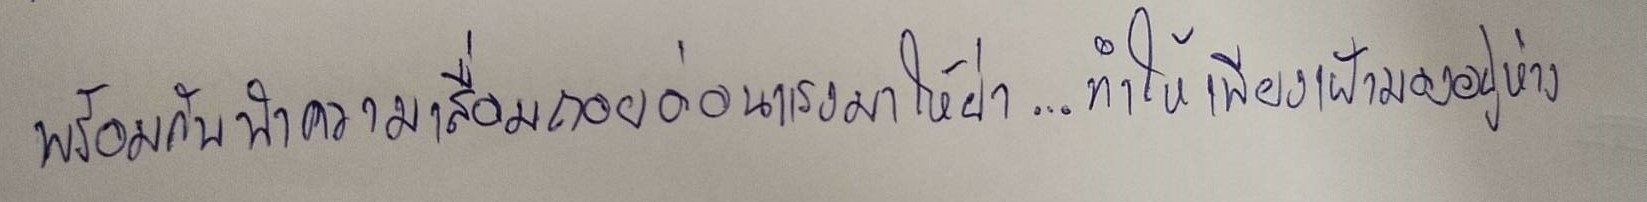
พร้อมกับนำความเสื่อมถอยอ่อนแรงมาให้ย่า...ทำให้เพียงเฝ้ามองอยู่ห่าง